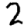
Digit: 2